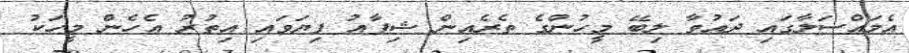
އެމައްސަލާގައި ދައުވާ ލިބޭ މީހުންގެ ތެރެއިން ޝިފާއު ފިޔަވައި އިތުރު އެހެން މީހަކު